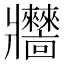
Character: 𤖧